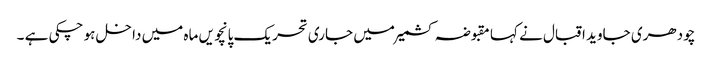
چودھری جاوید اقبال نے کہا مقبوضہ کشمیر میں جاری تحریک پانچویں ماہ میں داخل ہو چکی ہے ۔